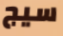
سيج